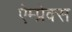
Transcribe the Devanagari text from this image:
ऐम्प्रेक्स